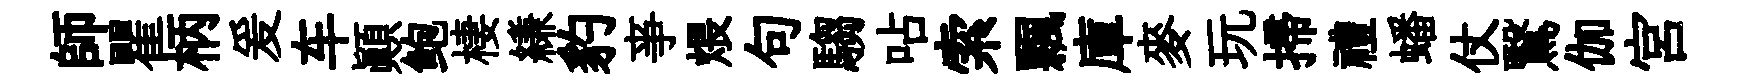
師瞿柄爰车顚鲍棲縑豹亊煨句騶呫索飄庫麥玩掃禮蟠仗鷖伽宫